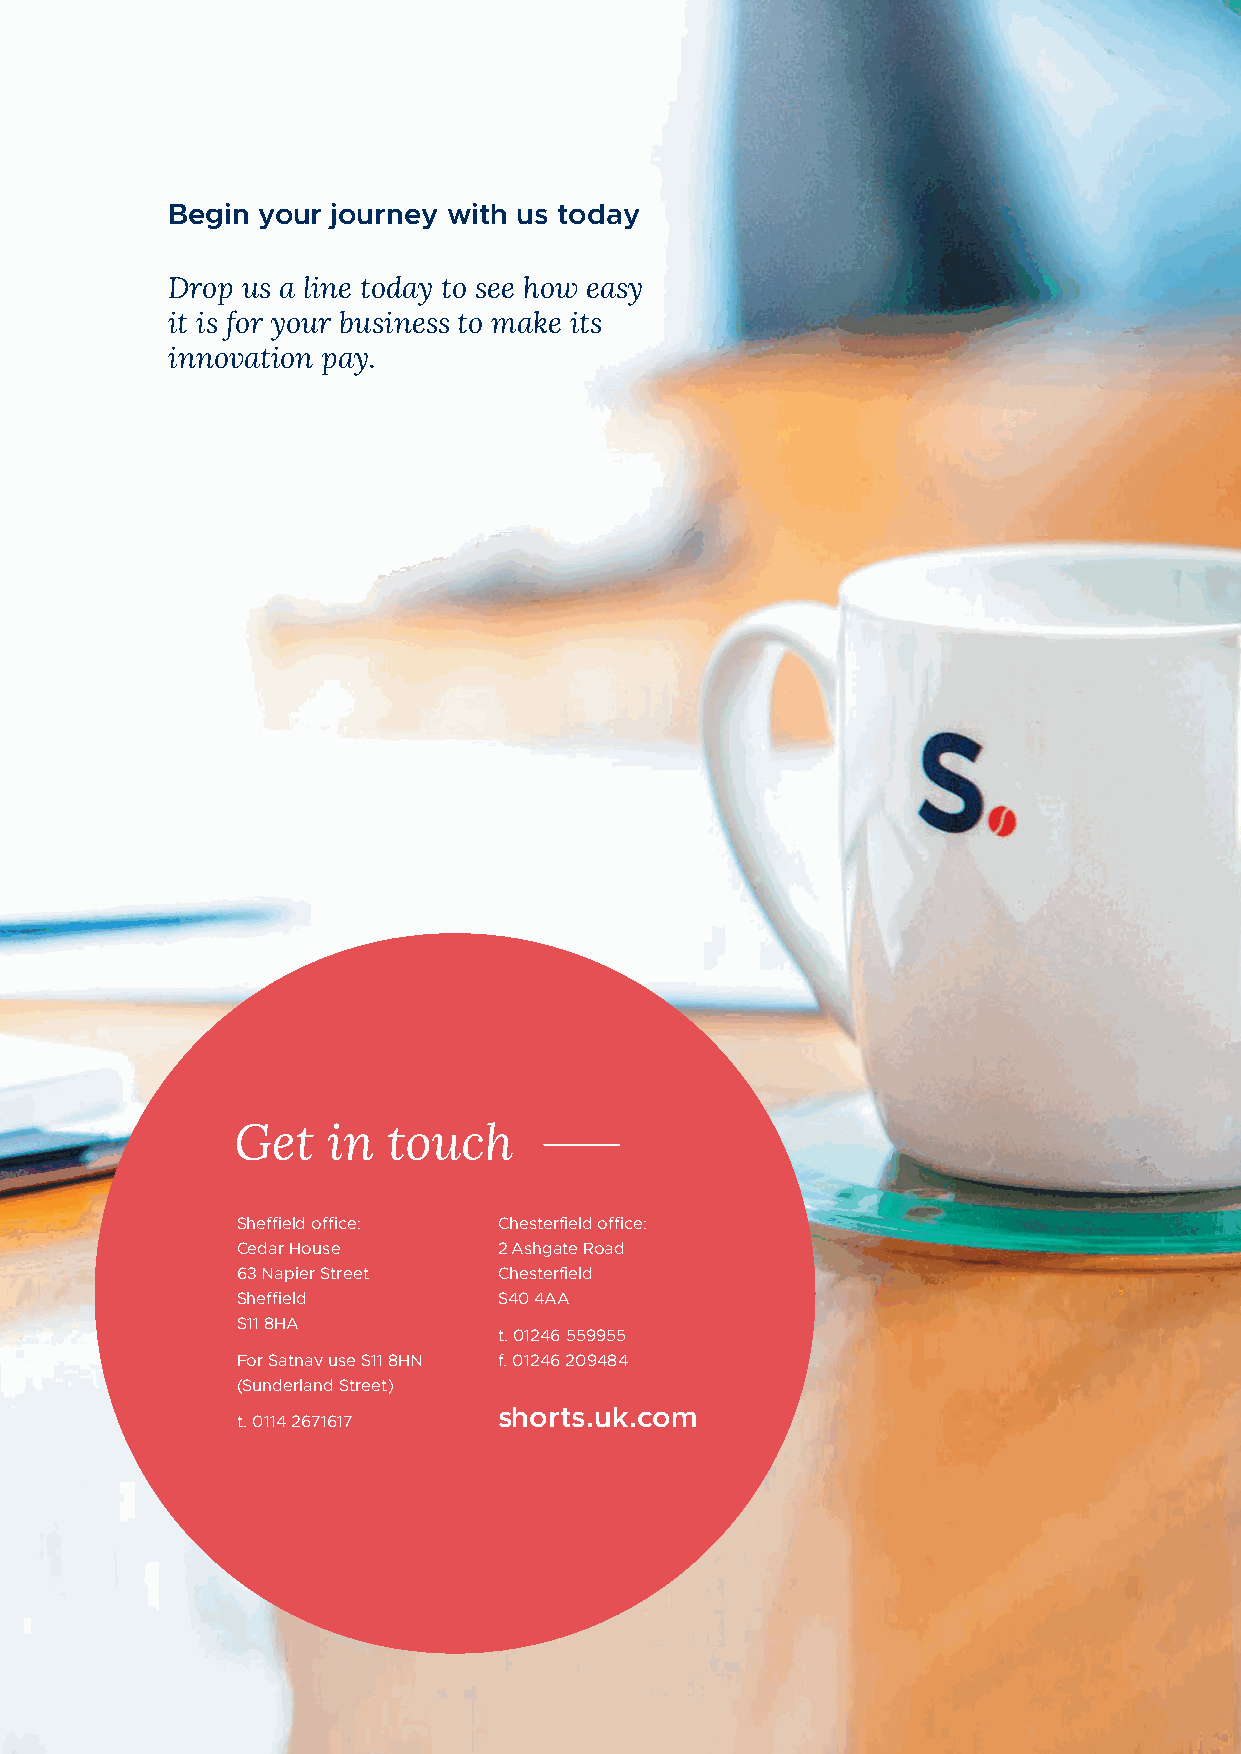
Begin your journey with us today
 Drop us a line today to see how easy
 it is for your business to make its
 innovation pay.
 Get    in  touch
 Sheffield office: Chesterfield office:
 Cedar House      2 Ashgate Road
 63 Napier Street Chesterfield
 Sheffield        S40 4AA
 S11 8HA
 t. 01246 559955
 For Satnav use S11 8HN f. 01246 209484
 (Sunderland Street)
 shorts.uk.com
 t. 0114 2671617